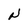
Character: N